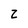
Character: Z